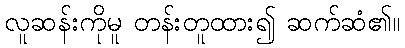
လူဆန်းကိုမူ တန်းတူထား၍ ဆက်ဆံ၏။